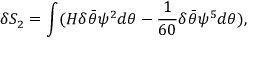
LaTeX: \delta S _ { 2 } = \int ( { \cal H } \delta \bar { \theta } \psi ^ { 2 } d \theta - { \frac { 1 } { 6 0 } } \delta \bar { \theta } \psi ^ { 5 } d \theta ) ,